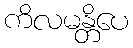
ကိလမန္တိပေ